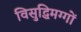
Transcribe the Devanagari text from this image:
विसुद्धिमग्गों